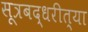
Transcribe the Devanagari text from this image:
सूत्रबद्धरीत्या